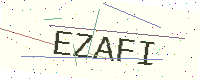
Text: EZAFI